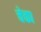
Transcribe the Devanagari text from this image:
चेका